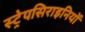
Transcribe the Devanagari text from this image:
स्ट्रेपसिराइनियों